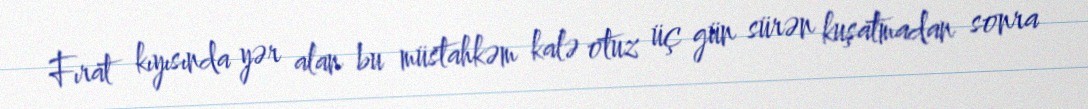
Fırat kıyısında yər alan bu müstahkəm kalə otuz üç gün sürən kuşatmadan sonra